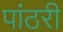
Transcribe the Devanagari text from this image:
पांठरी